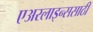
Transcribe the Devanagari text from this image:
एअरलाइन्ससाठी